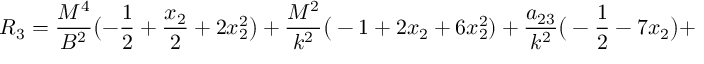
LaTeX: R _ { 3 } = \frac { M ^ { 4 } } { B ^ { 2 } } \bigl ( - \frac { 1 } { 2 } + \frac { x _ { 2 } } { 2 } + 2 x _ { 2 } ^ { 2 } \bigr ) + \frac { M ^ { 2 } } { k ^ { 2 } } \big ( - 1 + 2 x _ { 2 } + 6 x _ { 2 } ^ { 2 } ) + \frac { a _ { 2 3 } } { k ^ { 2 } } \big ( - \frac { 1 } { 2 } - 7 x _ { 2 } \big ) +